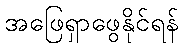
အဖြေရှာဖွေနိုင်ရန်